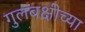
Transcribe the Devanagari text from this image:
गुलबक्षीच्या